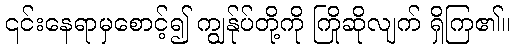
၎င်းနေရာမှစောင့်၍ ကျွန်ုပ်တို့ကို ကြိုဆိုလျက် ရှိကြ၏။